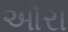
ઔરા